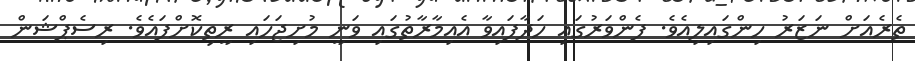
ތެރެއަށް ނަޒަރު ހިންގައިލިއެވެ. ފެންވަރުގައި ހަދާފައިވާ އެއިމާރާތުގައި ވަނީ މުށިޖަހައި ރީތިކޮށްފައެވެ. ރިސެޕްޝަން